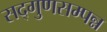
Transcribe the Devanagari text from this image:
सद्गुणसम्पन्न